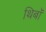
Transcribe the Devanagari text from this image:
थिबॉ